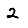
Digit: 2